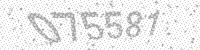
Solution: 075581